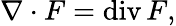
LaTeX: \nabla\cdot F=\operatorname{div}F,